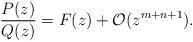
LaTeX: \begin{align*}\frac{P(z)}{Q(z)} = F(z) + \mathcal{O}(z^{m+n+1}).\end{align*}